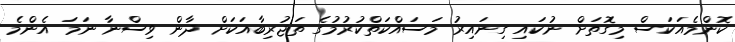
ކޮންމެއަކަސް މިގޮތަށް ނުކައި ގިނައިރު މަސައްކަތްކުރުމުގެ ތަޖުރިބާއަކަށް ދާން ވިސްނާ ނަމަ އެންމެ